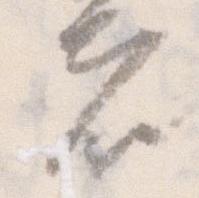
者